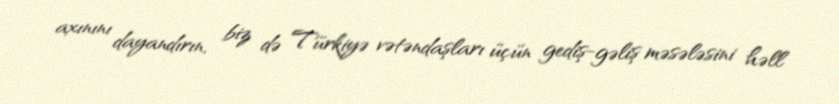
axınını dayandırın, biz də Türkiyə vətəndaşları üçün gediş-gəliş məsələsini həll